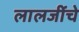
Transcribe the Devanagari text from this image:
लालजींचे